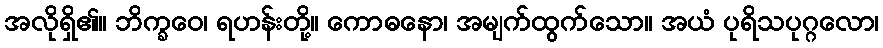
အလိုရှိ၏။ ဘိက္ခဝေ၊ ရဟန်းတို့။ ကောဓနော၊ အမျက်ထွက်သော။ အယံ ပုရိသပုဂ္ဂလော၊